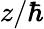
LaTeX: z/\hbar